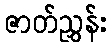
ဇာတ်ညွှန်း